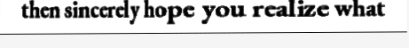
then sincerely hope you realize what